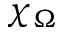
\chi _ { \Omega }